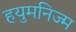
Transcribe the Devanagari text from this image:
हयुमनिज्म